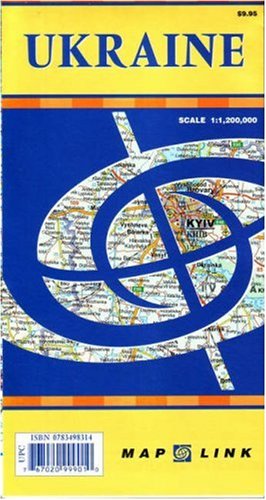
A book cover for Ukraine (English, French, Italian, German and Russian Edition); GiziMap; Travel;